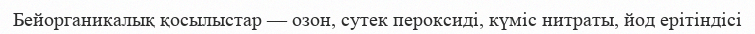
Бейорганикалық қосылыстар — озон, сутек пероксиді, күміс нитраты, йод ерітіндісі